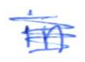
Text: in
Cross-out: mix
Writing tool: ballpoint